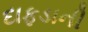
દાફડાની